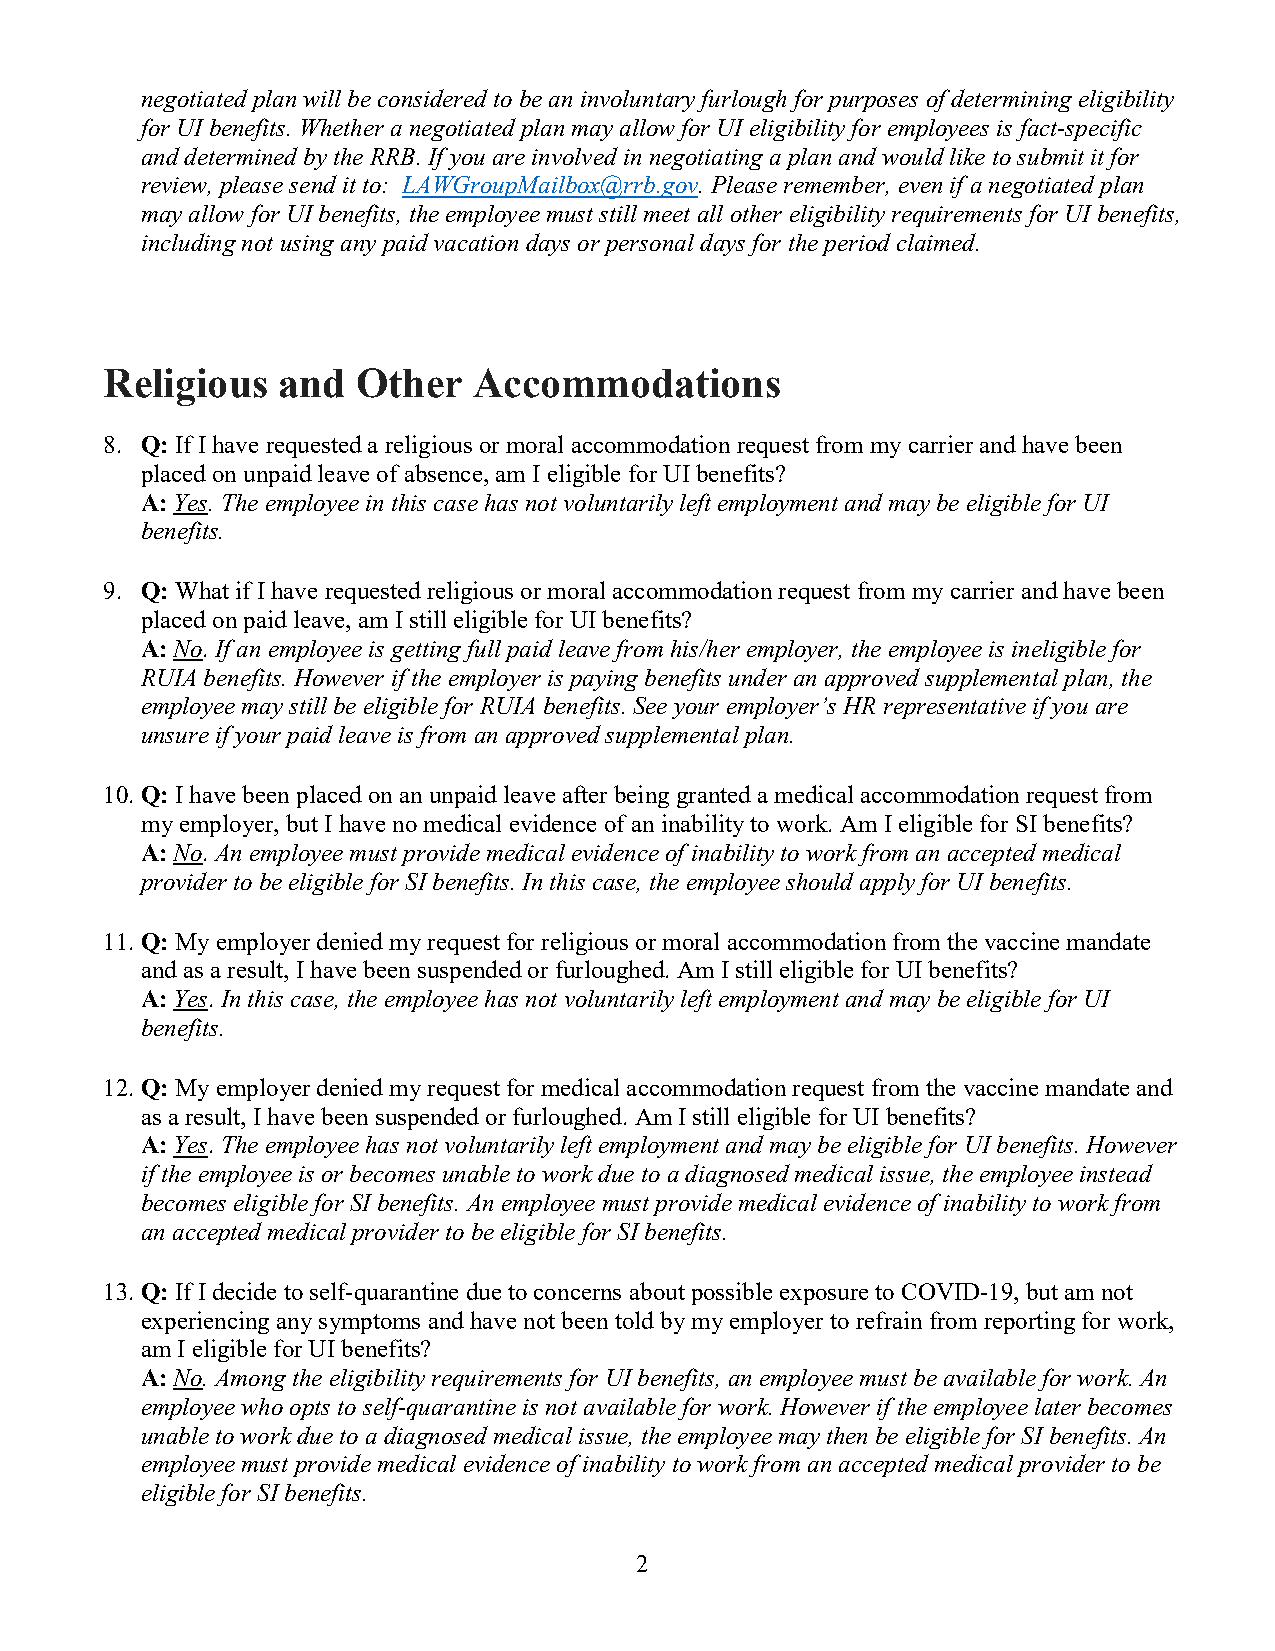
negotiated plan will be considered to be an involuntary furlough for purposes of determining eligibility
 for UI benefits. Whether a negotiated plan may allow for UI eligibility for employees is fact-specific
 and determined by the RRB. If you are involved in negotiating a plan and would like to submit it for
 review, please send it to: LAWGroupMailbox@rrb.gov. Please remember, even if a negotiated plan
 may allow for UI benefits, the employee must still meet all other eligibility requirements for UI benefits,
 including not using any paid vacation days or personal days for the period claimed.
 Religious  and   Other  Accommodations
 8. Q: If I have requested a religious or moral accommodation request from my carrier and have been
 placed on unpaid leave of absence, am I eligible for UI benefits?
 A: Yes. The employee in this case has not voluntarily left employment and may be eligible for UI
 benefits.
 9. Q: What if I have requested religious or moral accommodation request from my carrier and have been
 placed on paid leave, am I still eligible for UI benefits?
 A: No. If an employee is getting full paid leave from his/her employer, the employee is ineligible for
 RUIA benefits. However if the employer is paying benefits under an approved supplemental plan, the
 employee may still be eligible for RUIA benefits. See your employer’s HR representative if you are
 unsure if your paid leave is from an approved supplemental plan.
 10. Q: I have been placed on an unpaid leave after being granted a medical accommodation request from
 my employer, but I have no medical evidence of an inability to work. Am I eligible for SI benefits?
 A: No. An employee must provide medical evidence of inability to work from an accepted medical
 provider to be eligible for SI benefits. In this case, the employee should apply for UI benefits.
 11. Q: My employer denied my request for religious or moral accommodation from the vaccine mandate
 and as a result, I have been suspended or furloughed. Am I still eligible for UI benefits?
 A: Yes. In this case, the employee has not voluntarily left employment and may be eligible for UI
 benefits.
 12. Q: My employer denied my request for medical accommodation request from the vaccine mandate and
 as a result, I have been suspended or furloughed. Am I still eligible for UI benefits?
 A: Yes. The employee has not voluntarily left employment and may be eligible for UI benefits. However
 if the employee is or becomes unable to work due to a diagnosed medical issue, the employee instead
 becomes eligible for SI benefits. An employee must provide medical evidence of inability to work from
 an accepted medical provider to be eligible for SI benefits.
 13. Q: If I decide to self-quarantine due to concerns about possible exposure to COVID-19, but am not
 experiencing any symptoms and have not been told by my employer to refrain from reporting for work,
 am I eligible for UI benefits?
 A: No. Among the eligibility requirements for UI benefits, an employee must be available for work. An
 employee who opts to self-quarantine is not available for work. However if the employee later becomes
 unable to work due to a diagnosed medical issue, the employee may then be eligible for SI benefits. An
 employee must provide medical evidence of inability to work from an accepted medical provider to be
 eligible for SI benefits.
 2